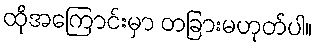
ထိုအကြောင်းမှာ တခြားမဟုတ်ပါ။